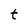
Character: t